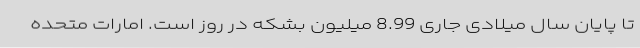
تا پایان سال میلادی جاری 8.99 میلیون بشکه در روز است. امارات متحده